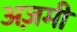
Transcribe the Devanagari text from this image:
अज़मी